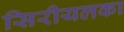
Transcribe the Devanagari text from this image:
सिरीयलका